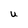
Character: u